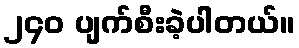
၂၄၀ ပျက်စီးခဲ့ပါတယ်။